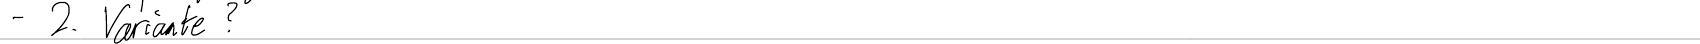
- 2. Variante ?